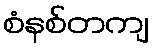
စံနစ်တကျ